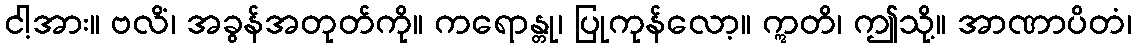
ငါ့အား။ ဗလိံ၊ အခွန်အတုတ်ကို။ ကရောန္တု၊ ပြုကုန်လော့။ ဣတိ၊ ဤသို့။ အာဏာပိတံ၊